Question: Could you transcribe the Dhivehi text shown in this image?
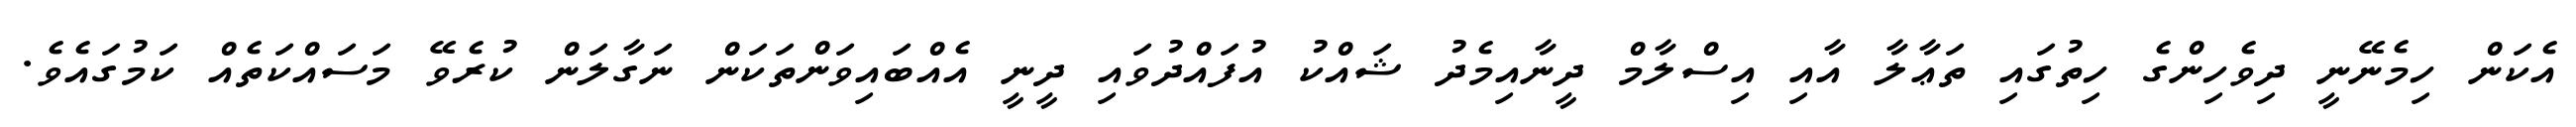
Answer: އެކަން ހިމެނޭނީ ދިވެހިންގެ ހިތުގައި ތަޢާލާ އާއި އިސްލާމް ދީނާއިމެދު ޝައްކު އުފައްދުވައި ދީނީ އެއްބައިވަންތަކަން ނަގާލަން ކުރެވޭ މަސައްކަތެއް ކަމުގައެވެ.